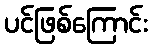
ပင်ဖြစ်ကြောင်း